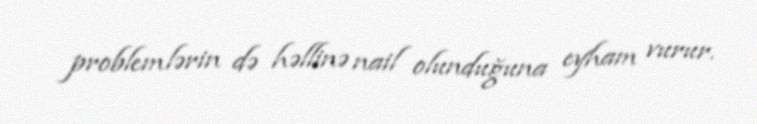
problemlərin də həllinə nail olunduğuna eyham vurur.